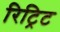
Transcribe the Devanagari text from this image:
रिट्रिट